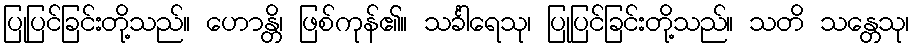
ပြုပြင်ခြင်းတို့သည်။ ဟောန္တိ၊ ဖြစ်ကုန်၏။ သင်္ခါရေသု၊ ပြုပြင်ခြင်းတို့သည်။ သတိ သန္တေသု၊